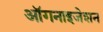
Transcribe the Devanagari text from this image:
ऑगनाइजेशन